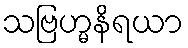
သဗြဟ္မနိရယာ